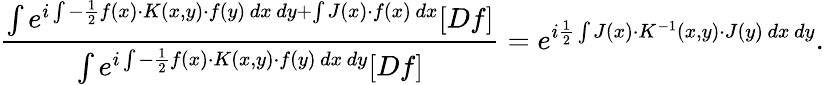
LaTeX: {\frac{\int e^{i\int-{\frac{1}{2}}f(x)\cdot K(x,y)\cdot f(y)\, dx\, dy+\int J(x)\cdot f(x)\, dx}[Df]}{\int e^{i\int-{\frac{1}{2}}f(x)\cdot K(x,y)\cdot f(y)\, dx\, dy}[Df]}}=e^{i{\frac{1}{2}}\int J(x)\cdot K^{-1}(x,y)\cdot J(y)\, dx\, dy}.